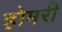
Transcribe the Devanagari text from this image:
होमरी